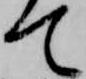
て